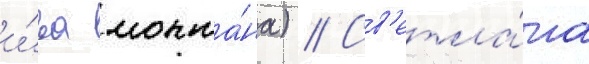
и́ва монта́на) // Св'етла́на